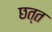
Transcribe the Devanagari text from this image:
छत्त